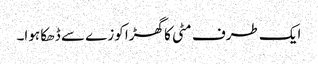
ایک طرف مٹی کا گھڑا کوزے سے ڈھکا ہوا۔